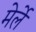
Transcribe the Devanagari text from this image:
मेर्ले